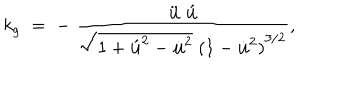
LaTeX: k _ { g } \; = \; - \; \frac { \ddot { \bf u } \; \acute { \bf u } } { \sqrt { 1 + { \acute { \bf u } } ^ { 2 } - { \dot { \bf u } } ^ { 2 } } \; { ( 1 - { \dot { \bf u } } ^ { 2 } ) } ^ { 3 / 2 } } ,